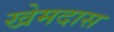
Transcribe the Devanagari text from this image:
खेमदास